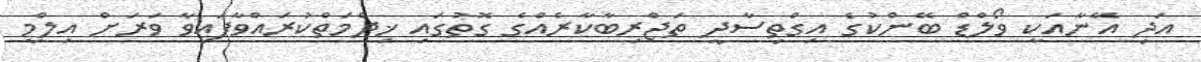
އަދި އޭނާއަކީ ވޯލްޑް ބޭންކުގެ އިގްތިސާދީ ތަޖްރިބާކާރެއްގެ ގޮތުގައި ޚިދްމަތްކުރައްވާފައިވާ ވަރަށް އިލްމީ